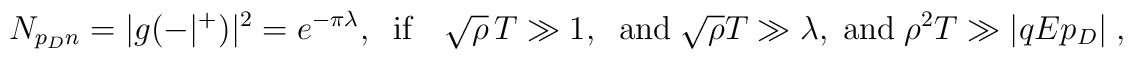
N_{p_D n} = |g(-|^+)|^2 = e^{-\pi\lambda},\;\;   \mbox{if}\quad \sqrt{\rho}\,T\gg  1,\;\;\mbox{and}\;\sqrt{\rho} T\gg   \lambda, \; \mbox{and} \; \rho^2 T\gg |qEp_D|\;,